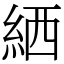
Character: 絤